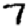
Digit: 7